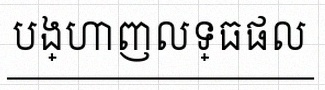
បង្ហាញលទ្ធផល